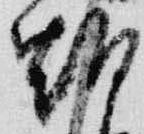
朝